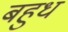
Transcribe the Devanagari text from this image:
बहुध